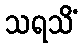
သရသိံ